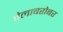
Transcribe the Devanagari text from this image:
तेलाबरोबर